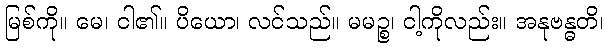
မြစ်ကို။ မေ၊ ငါ၏။ ပိယော၊ လင်သည်။ မမဉ္စ၊ ငါ့ကိုလည်း။ အနုဗန္ဓတိ၊